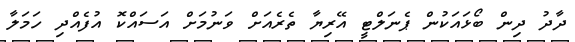
ދާދު ދިން ބޯޅައަކުން ޕެނަލްޓީ އޭރިޔާ ތެރެއަށް ވަނުމަށް އަސައްކޮ އުފެއްދި ހަމަލާ